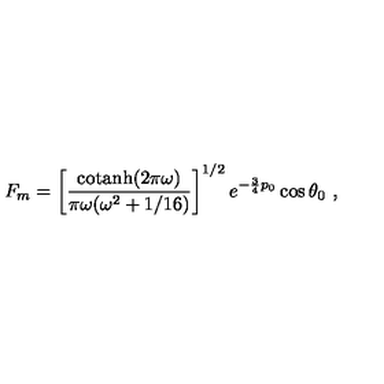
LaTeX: F _ { m } = \left[ { \frac { \mathrm { c o t a n h } ( 2 \pi \omega ) } { \pi \omega ( \omega ^ { 2 } + 1 / 1 6 ) } } \right] ^ { 1 / 2 } e ^ { - { \frac { 3 } { 4 } } p _ { 0 } } \cos \theta _ { 0 } \ ,